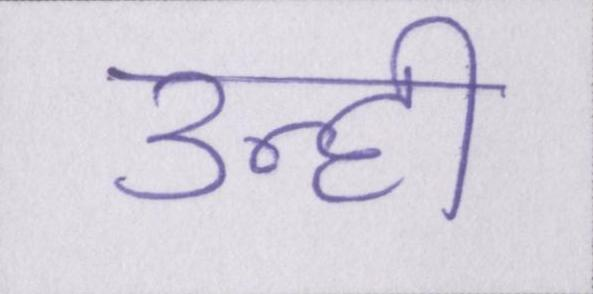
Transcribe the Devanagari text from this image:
उन्ही